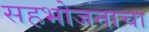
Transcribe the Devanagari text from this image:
सहभोजनाचा